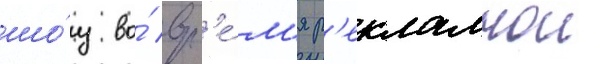
шо́у во́ вр'е́м'я р'екламнои